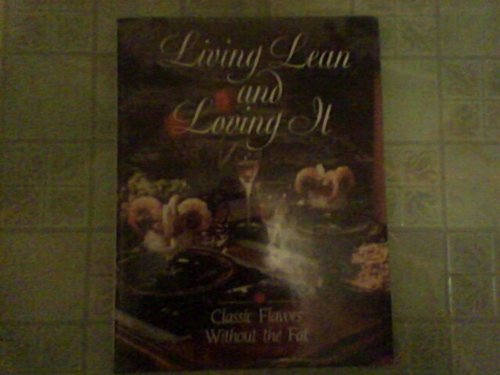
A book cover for Living Lean and Loving It; Eve Lowry; Health, Fitness & Dieting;